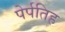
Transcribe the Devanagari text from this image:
पेर्पतिह